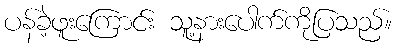
ပန်ခဲ့ဖူးကြောင်း သူ့နားပေါက်ကိုပြသည်။